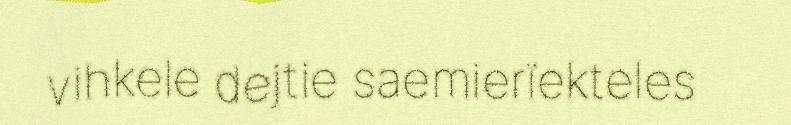
vihkele dejtie saemierïekteles